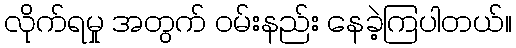
လိုက်ရမှု အတွက် ဝမ်းနည်း နေခဲ့ကြပါတယ်။